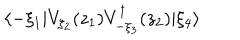
\langle - \xi _ { 1 } | V _ { \xi _ { 2 } } ( z _ { 1 } ) V _ { - \xi _ { 3 } } ^ { \dagger } ( z _ { 2 } ) | \xi _ { 4 } \rangle